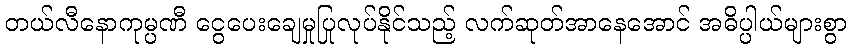
တယ်လီနောကုမ္ပဏီ ငွေပေးချေမှုပြုလုပ်နိုင်သည့် လက်ဆုတ်အာနေအောင် အဓိပ္ပါယ်များစွာ